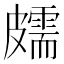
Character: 𥀭